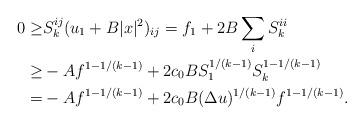
LaTeX: \begin{align*}\begin{aligned}0 \geq & S^{ij}_k (u_1 + B |x|^2)_{ij} = f_1 + 2 B \sum_i S^{ii}_k\\ \geq & - A f^{1 - 1/(k-1)} + 2 c_0 B S_1^{1/(k-1)} S_k^{1 - 1/(k-1)}\\ = & - A f^{1 - 1/(k-1)} + 2 c_0 B (\Delta u)^{1/(k-1)} f^{1 - 1/(k-1)}.\end{aligned}\end{align*}